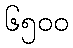
၆၅၀၀